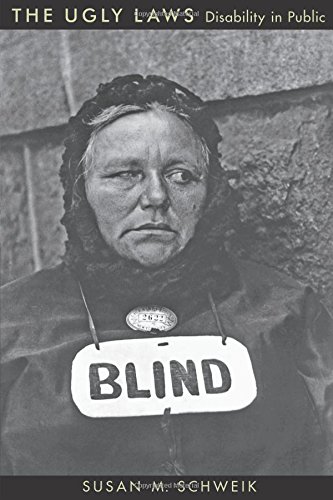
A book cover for The Ugly Laws: Disability in Public (The History of Disability); Susan M. Schweik; Law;